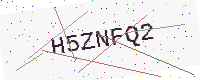
Text: H5ZNFQ2